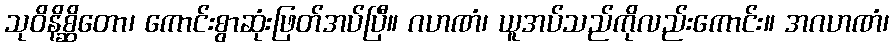
သုဝိနိစ္ဆိတော၊ ကောင်းစွာဆုံးဖြတ်အပ်ပြီ။ ဂဟဏံ၊ ယူအပ်သည်ကိုလည်းကောင်း။ အဂဟဏံ၊